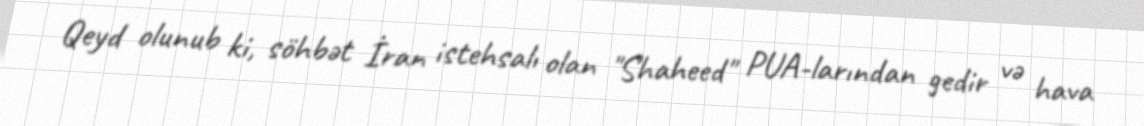
Qeyd olunub ki, söhbət İran istehsalı olan "Shaheed" PUA-larından gedir və hava